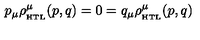
p _ { \mu } \rho _ { _ \mathrm { H T L } } ^ { \mu } ( p , q ) = 0 = q _ { \mu } \rho _ { _ \mathrm { H T L } } ^ { \mu } ( p , q ) \,